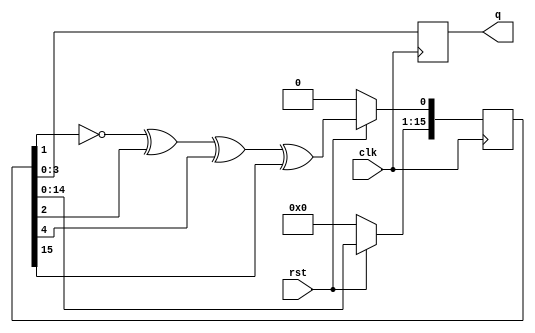
module LFSR_random_number_generator(clk, rst, q);
  input clk, rst;
  output [3:0] q;

  reg [3:0] q;
  reg [15:0] LFSR;

  always @(posedge clk)
  begin
  	if(!rst)
  		begin
  			LFSR <= 0;
  			q <= 0;
  		end
  	else
  		begin
		    LFSR[0] <= ~LFSR[1] ^ LFSR[2] ^ LFSR[4] ^ LFSR[15];
		    LFSR[15:1] <= LFSR[14:0];
    	end

    q <= LFSR;
  end

endmodule